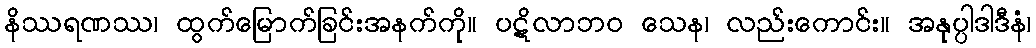
နိဿရဏဿ၊ ထွက်မြောက်ခြင်းအနက်ကို။ ပဋိလာဘဝ သေန၊ လည်းကောင်း။ အနုပ္ပါဒါဒီနံ၊